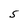
Character: S